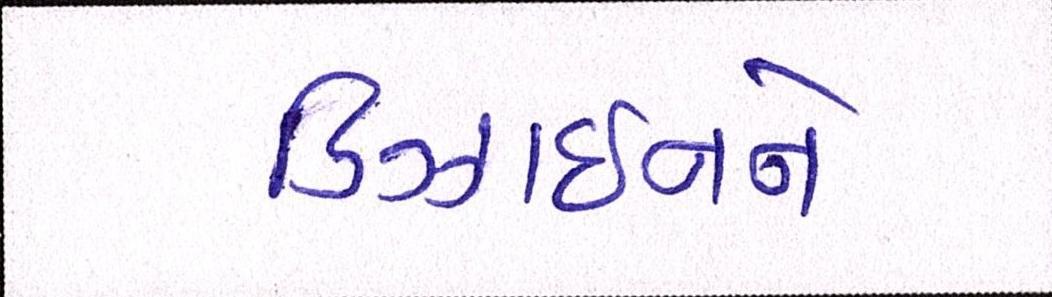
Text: ડિઝાઇનને